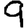
Digit: 9